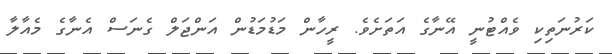
ކަރުނަތިކި ވެއްޓުނީ އޭނާގެ އަތަަށެވެ. ރީހާން މަޑުމަޑުން އަންޖަލް ގެނަސް އެނާގެ މެއާލާ